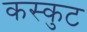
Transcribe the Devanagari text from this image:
कस्कुट